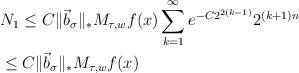
LaTeX: \begin{align*}&N_1\leq C\|\vec{b}_{\sigma}\|_{*}M_{\tau,w}f(x)\sum\limits_{k=1}^{\infty}e^{-C2^{2(k-1)}}2^{(k+1)n}\\&\leq C\|\vec{b}_{\sigma}\|_{*}M_{\tau,w}f(x)\end{align*}